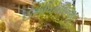
ઈનવિનસિબલ